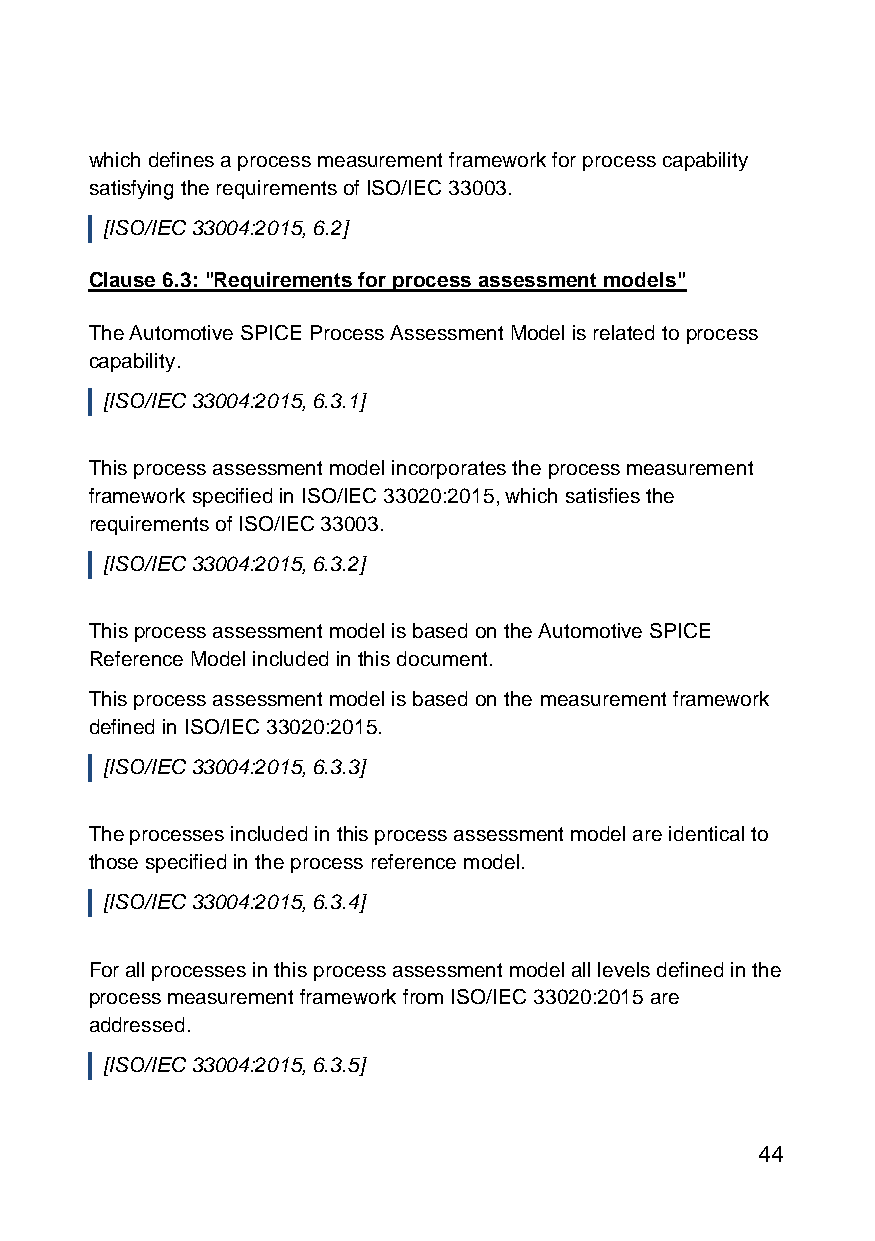
which defines a process measurement framework for process capability
 satisfying the requirements of ISO/IEC 33003.
 [ISO/IEC 33004:2015, 6.2]
 Clause 6.3: "Requirements for process assessment models"
 The Automotive SPICE Process Assessment Model is related to process
 capability.
 [ISO/IEC 33004:2015, 6.3.1]
 This process assessment model incorporates the process measurement
 framework specified in ISO/IEC 33020:2015, which satisfies the
 requirements of ISO/IEC 33003.
 [ISO/IEC 33004:2015, 6.3.2]
 This process assessment model is based on the Automotive SPICE
 Reference Model included in this document.
 This process assessment model is based on the measurement framework
 defined in ISO/IEC 33020:2015.
 [ISO/IEC 33004:2015, 6.3.3]
 The processes included in this process assessment model are identical to
 those specified in the process reference model.
 [ISO/IEC 33004:2015, 6.3.4]
 For all processes in this process assessment model all levels defined in the
 process measurement framework from ISO/IEC 33020:2015 are
 addressed.
 [ISO/IEC 33004:2015, 6.3.5]
 44